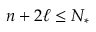
n + 2 \ell \leq N _ { * }